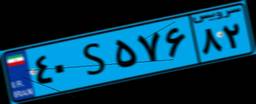
۶۰S۹۲۸۰۸